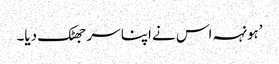
’ہونہہ اس نے اپنا سر جھٹک دیا۔